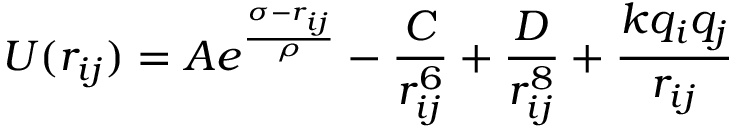
U ( r _ { i j } ) = A e ^ { \frac { \sigma - r _ { i j } } { \rho } } - \frac { C } { r _ { i j } ^ { 6 } } + \frac { D } { r _ { i j } ^ { 8 } } + \frac { k q _ { i } q _ { j } } { r _ { i j } }